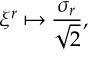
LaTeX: \xi ^ { r } \mapsto \frac { \sigma _ { r } } { \sqrt { 2 } } ,